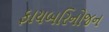
ફાયબરિનોજન